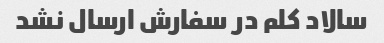
سالاد کلم در سفارش ارسال نشد